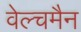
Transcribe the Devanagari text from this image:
वेल्चमैन